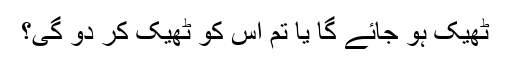
ٹھیک ہو جائے گا یا تم اس کو ٹھیک کر دو گی؟